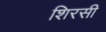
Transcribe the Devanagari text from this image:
शिरसी